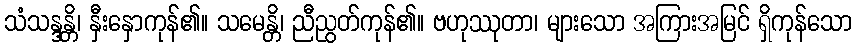
သံသန္ဒန္တိ၊ နှီးနှောကုန်၏။ သမေန္တိ၊ ညီညွတ်ကုန်၏။ ဗဟုဿုတာ၊ များသော အကြားအမြင် ရှိကုန်သော